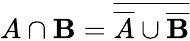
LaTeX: A\cap\mathbf{B}={\overline{{{{\overline{{{A}}}}\cup{\overline{{{\mathbf{B}}}}}}}}}